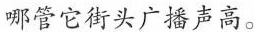
哪管它街头广播声高。